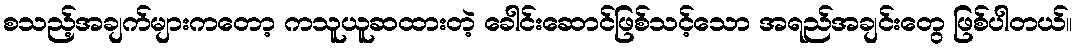
စသည့်အချက်များကတော့ ကသူယူဆထားတဲ့ ခေါင်းဆောင်ဖြစ်သင့်သော အရည်အချင်းတွေ ဖြစ်ပါတယ်။